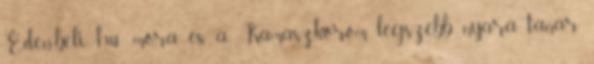
Éden-beli hu- mora és a Kamaszkorom legszebb nyara tanár